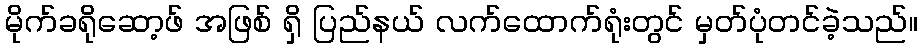
မိုက်ခရိုဆော့ဖ် အဖြစ် ရှိ ပြည်နယ် လက်ထောက်ရုံးတွင် မှတ်ပုံတင်ခဲ့သည်။